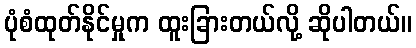
ပုံစံထုတ်နိုင်မှုက ထူးခြားတယ်လို့ ဆိုပါတယ်။